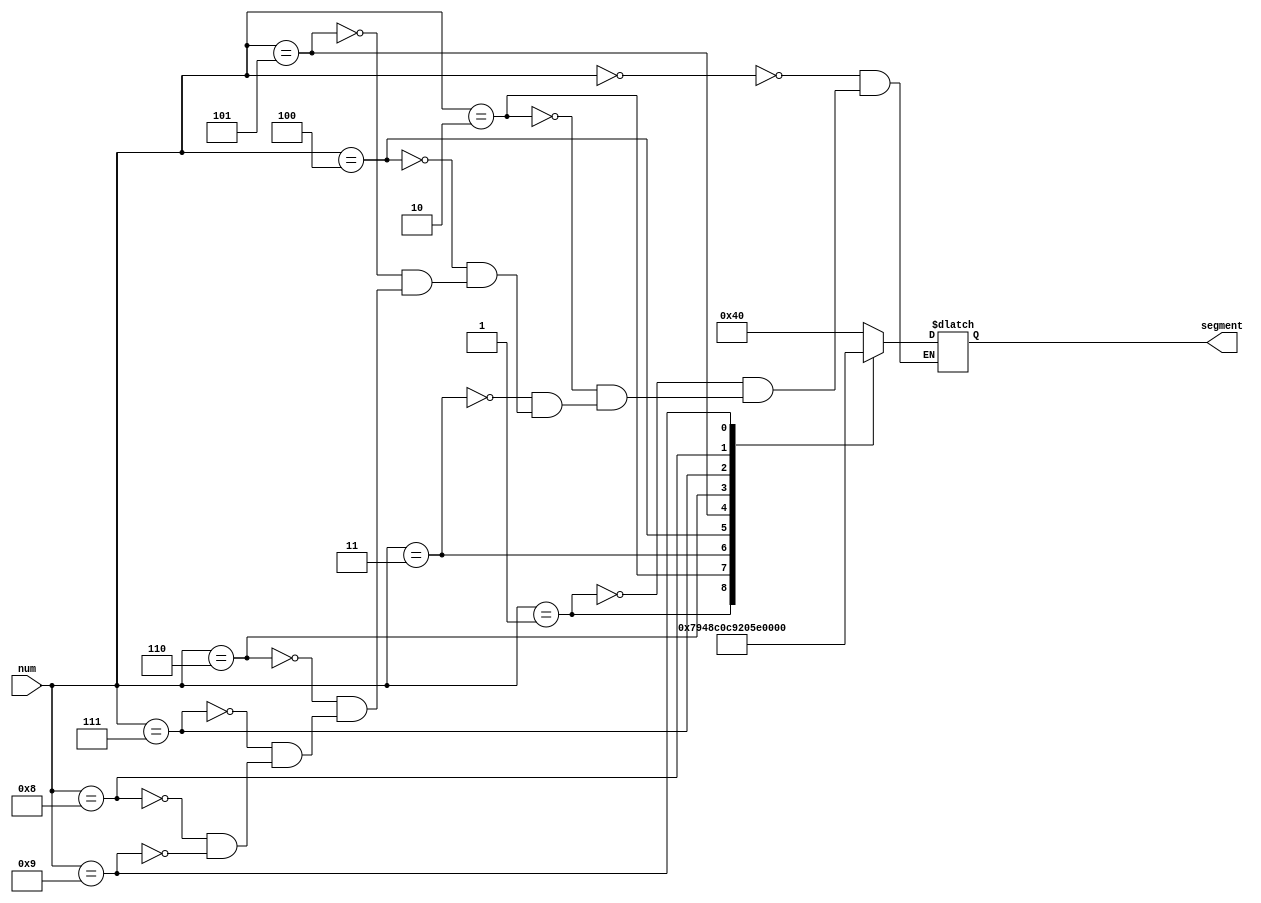
`timescale 1ns / 1ps
//////////////////////////////////////////////////////////////////////////////////
// Company: 
// Engineer: 
// 
// Design Name: 
// Module Name: segment
// Project Name: 
// Target Devices: 
// Tool Versions: 
// Description: 
// 
// Dependencies: 
// 
// Revision:
// Revision 0.01 - File Created
// Additional Comments:
// 
//////////////////////////////////////////////////////////////////////////////////

// segment modul gelen num deeri iin yanacak segment deerlerini segment deikenine atar.
module segment(
    input[3:0]num,
    output reg[6:0]segment
    );
    always@(*)begin
        case(num)
            4'b0000:segment=7'b1000000; //0
            4'b0001:segment=7'b1111001; //1
            4'b0010:segment=7'b0100100; //2
            4'b0011:segment=7'b0110000; //3 0110000
            4'b0100:segment=7'b0011001; //4 0011001
            4'b0101:segment=7'b0010010; //5 0010010
            4'b0110:segment=7'b0000010; //6
            4'b0111:segment=7'b1111000; //7
            4'b1000:segment=7'b0000000; //8
            4'b1001:segment=7'b0010000; //9
      
        endcase
    end
    
    
endmodule